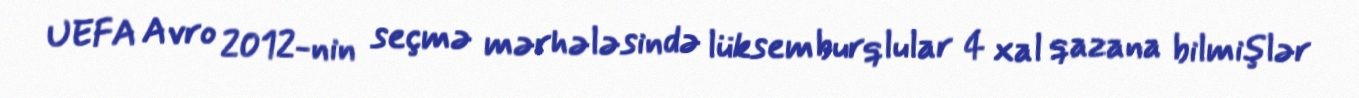
UEFA Avro 2012-nin seçmə mərhələsində lüksemburqlular 4 xal qazana bilmişlər